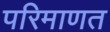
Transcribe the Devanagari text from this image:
परिमाणत